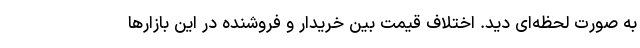
به صورت لحظه‌ای دید. اختلاف قیمت بین خریدار و فروشنده در این بازارها